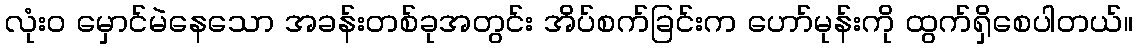
လုံးဝ မှောင်မဲနေသော အခန်းတစ်ခုအတွင်း အိပ်စက်ခြင်းက ဟော်မုန်းကို ထွက်ရှိစေပါတယ်။